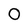
Character: O